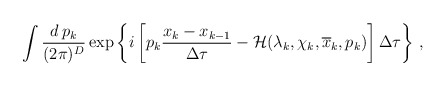
\begin{align*}\int \frac{d\,p_k}{(2\pi)^D}\exp \left\{ i \left[p_k\frac{x_k-x_{k-1}}{\Delta\tau} - {\cal H}(\lambda_k,\chi_k,\overline{x}_k,p_k) \right]\Delta\tau\right\} \,,\end{align*}